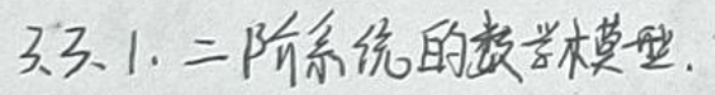
3.3.1. 二阶系统的数学模型.